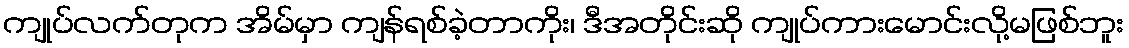
ကျုပ်လက်တုက အိမ်မှာ ကျန်ရစ်ခဲ့တာကိုး၊ ဒီအတိုင်းဆို ကျုပ်ကားမောင်းလို့မဖြစ်ဘူး